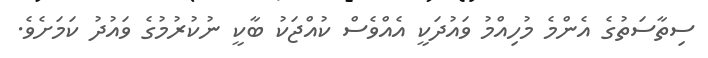
ސިތާސަތުގެ އެންމެ މުހިއްމު ވައުދަކީ އެއްވެސް ކުއްޖަކު ބާކީ ނުކުރުމުގެ ވައުދު ކަމަށެވެ.